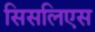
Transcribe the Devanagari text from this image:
सिसलिएस